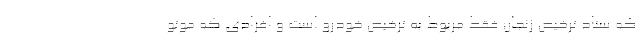
که ستاد ترخیص زنجان فقط مربوط به ترخیص خودرو است و افرادی که موتو